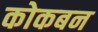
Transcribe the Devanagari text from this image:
कोकबन